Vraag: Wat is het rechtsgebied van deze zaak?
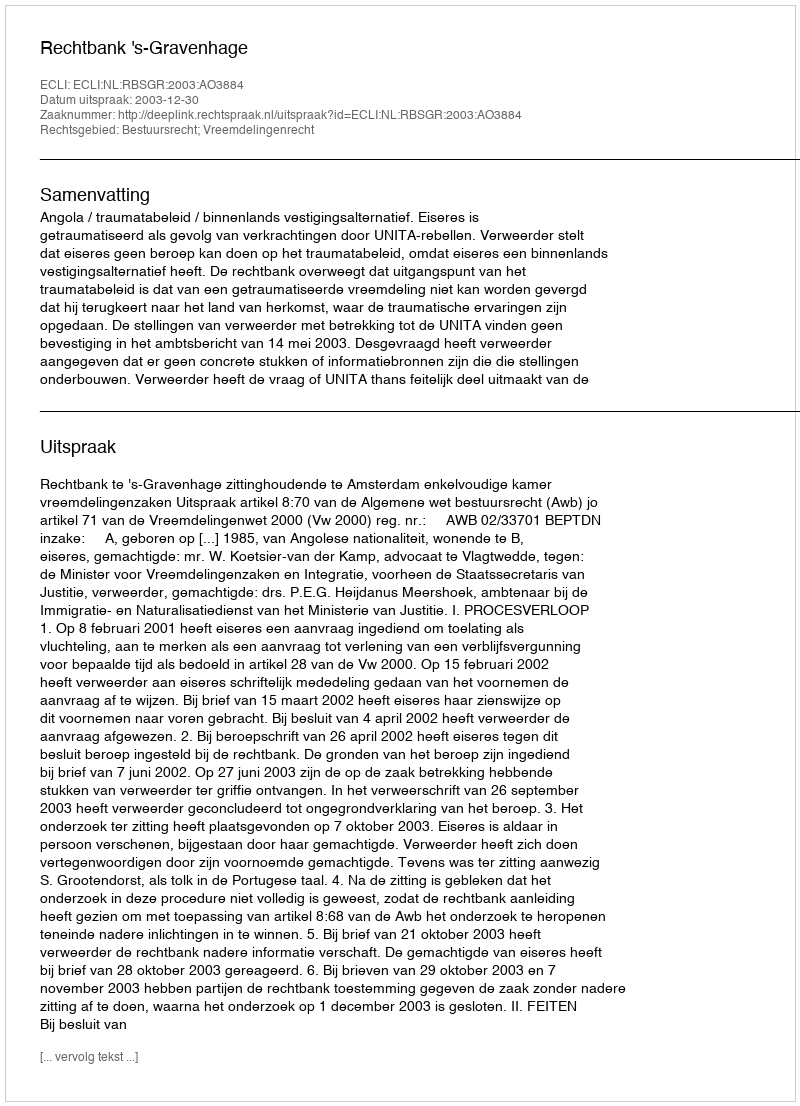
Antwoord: Bestuursrecht; Vreemdelingenrecht